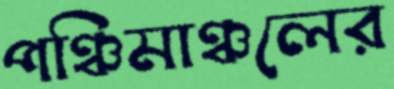
পঞ্চিমাঞ্চলের